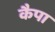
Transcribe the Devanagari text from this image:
कैपा